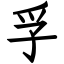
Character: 孚